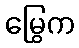
မြွေက